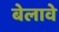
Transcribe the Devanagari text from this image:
बेलावे